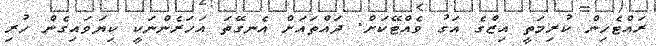
ރައްޓެހިން ކުރިމަތީ އިޒްގެ އަގު ވެއްޓޭކަށް. ދައްތައަށް އެނގޭތަ އަހަރެންނަކީ ކިޔަވައިގެން ހުރި